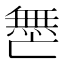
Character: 𫡟